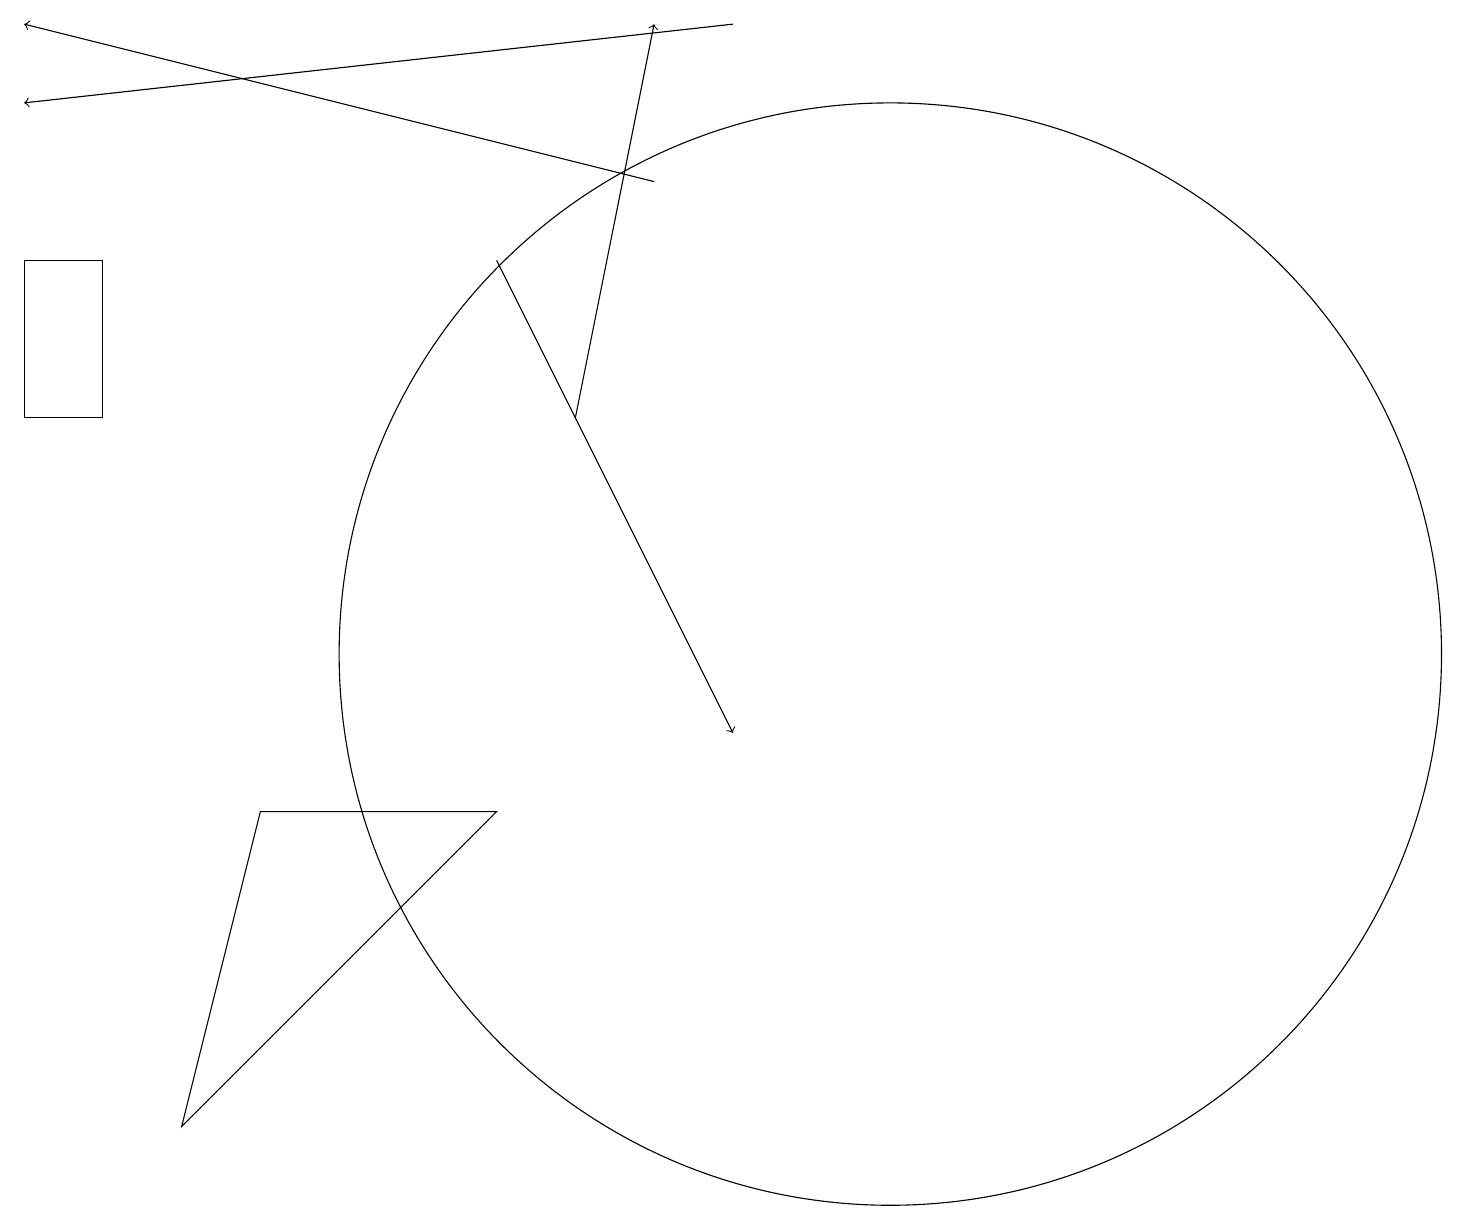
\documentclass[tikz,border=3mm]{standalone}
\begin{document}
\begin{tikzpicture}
\draw (0,16) rectangle (1,14);
\draw[->] (6,16) -- (9,10);
\draw (11,11) circle (7);
\draw[->] (7,14) -- (8,19);
\draw[->] (8,17) -- (0,19);
\draw (6,9) -- (3,9) -- (2,5) -- cycle;
\draw[->] (9,19) -- (0,18);
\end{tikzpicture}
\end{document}